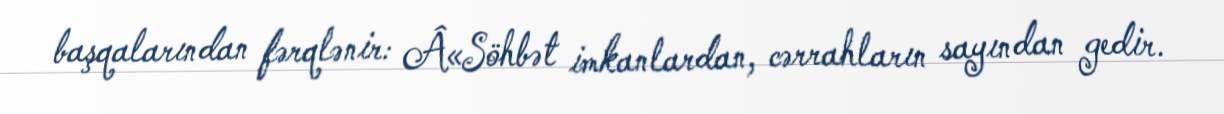
başqalarından fərqlənir: Â«Söhbət imkanlardan, cərrahların sayından gedir.